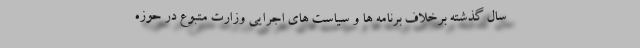
سال گذشته برخلاف برنامه ها و سیاست های اجرایی وزارت متبوع در حوزه